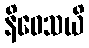
နိဝေသယိ